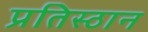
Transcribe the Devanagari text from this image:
प्रतिस्ठान